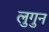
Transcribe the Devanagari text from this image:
लुगुन